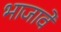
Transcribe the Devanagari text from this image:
भाजावे